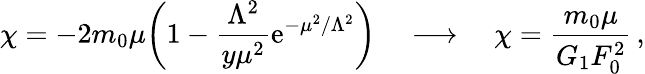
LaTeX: \chi=-2m_{0}\mu\bigg(1-\frac{\Lambda^{2}}{y\mu^{2}}\mathrm{e}^{-\mu^{2}/\Lambda^{2}}\bigg)\quad\longrightarrow\quad\chi=\frac{m_{0}\mu}{G_{1}F_{0}^{2}}\, ,